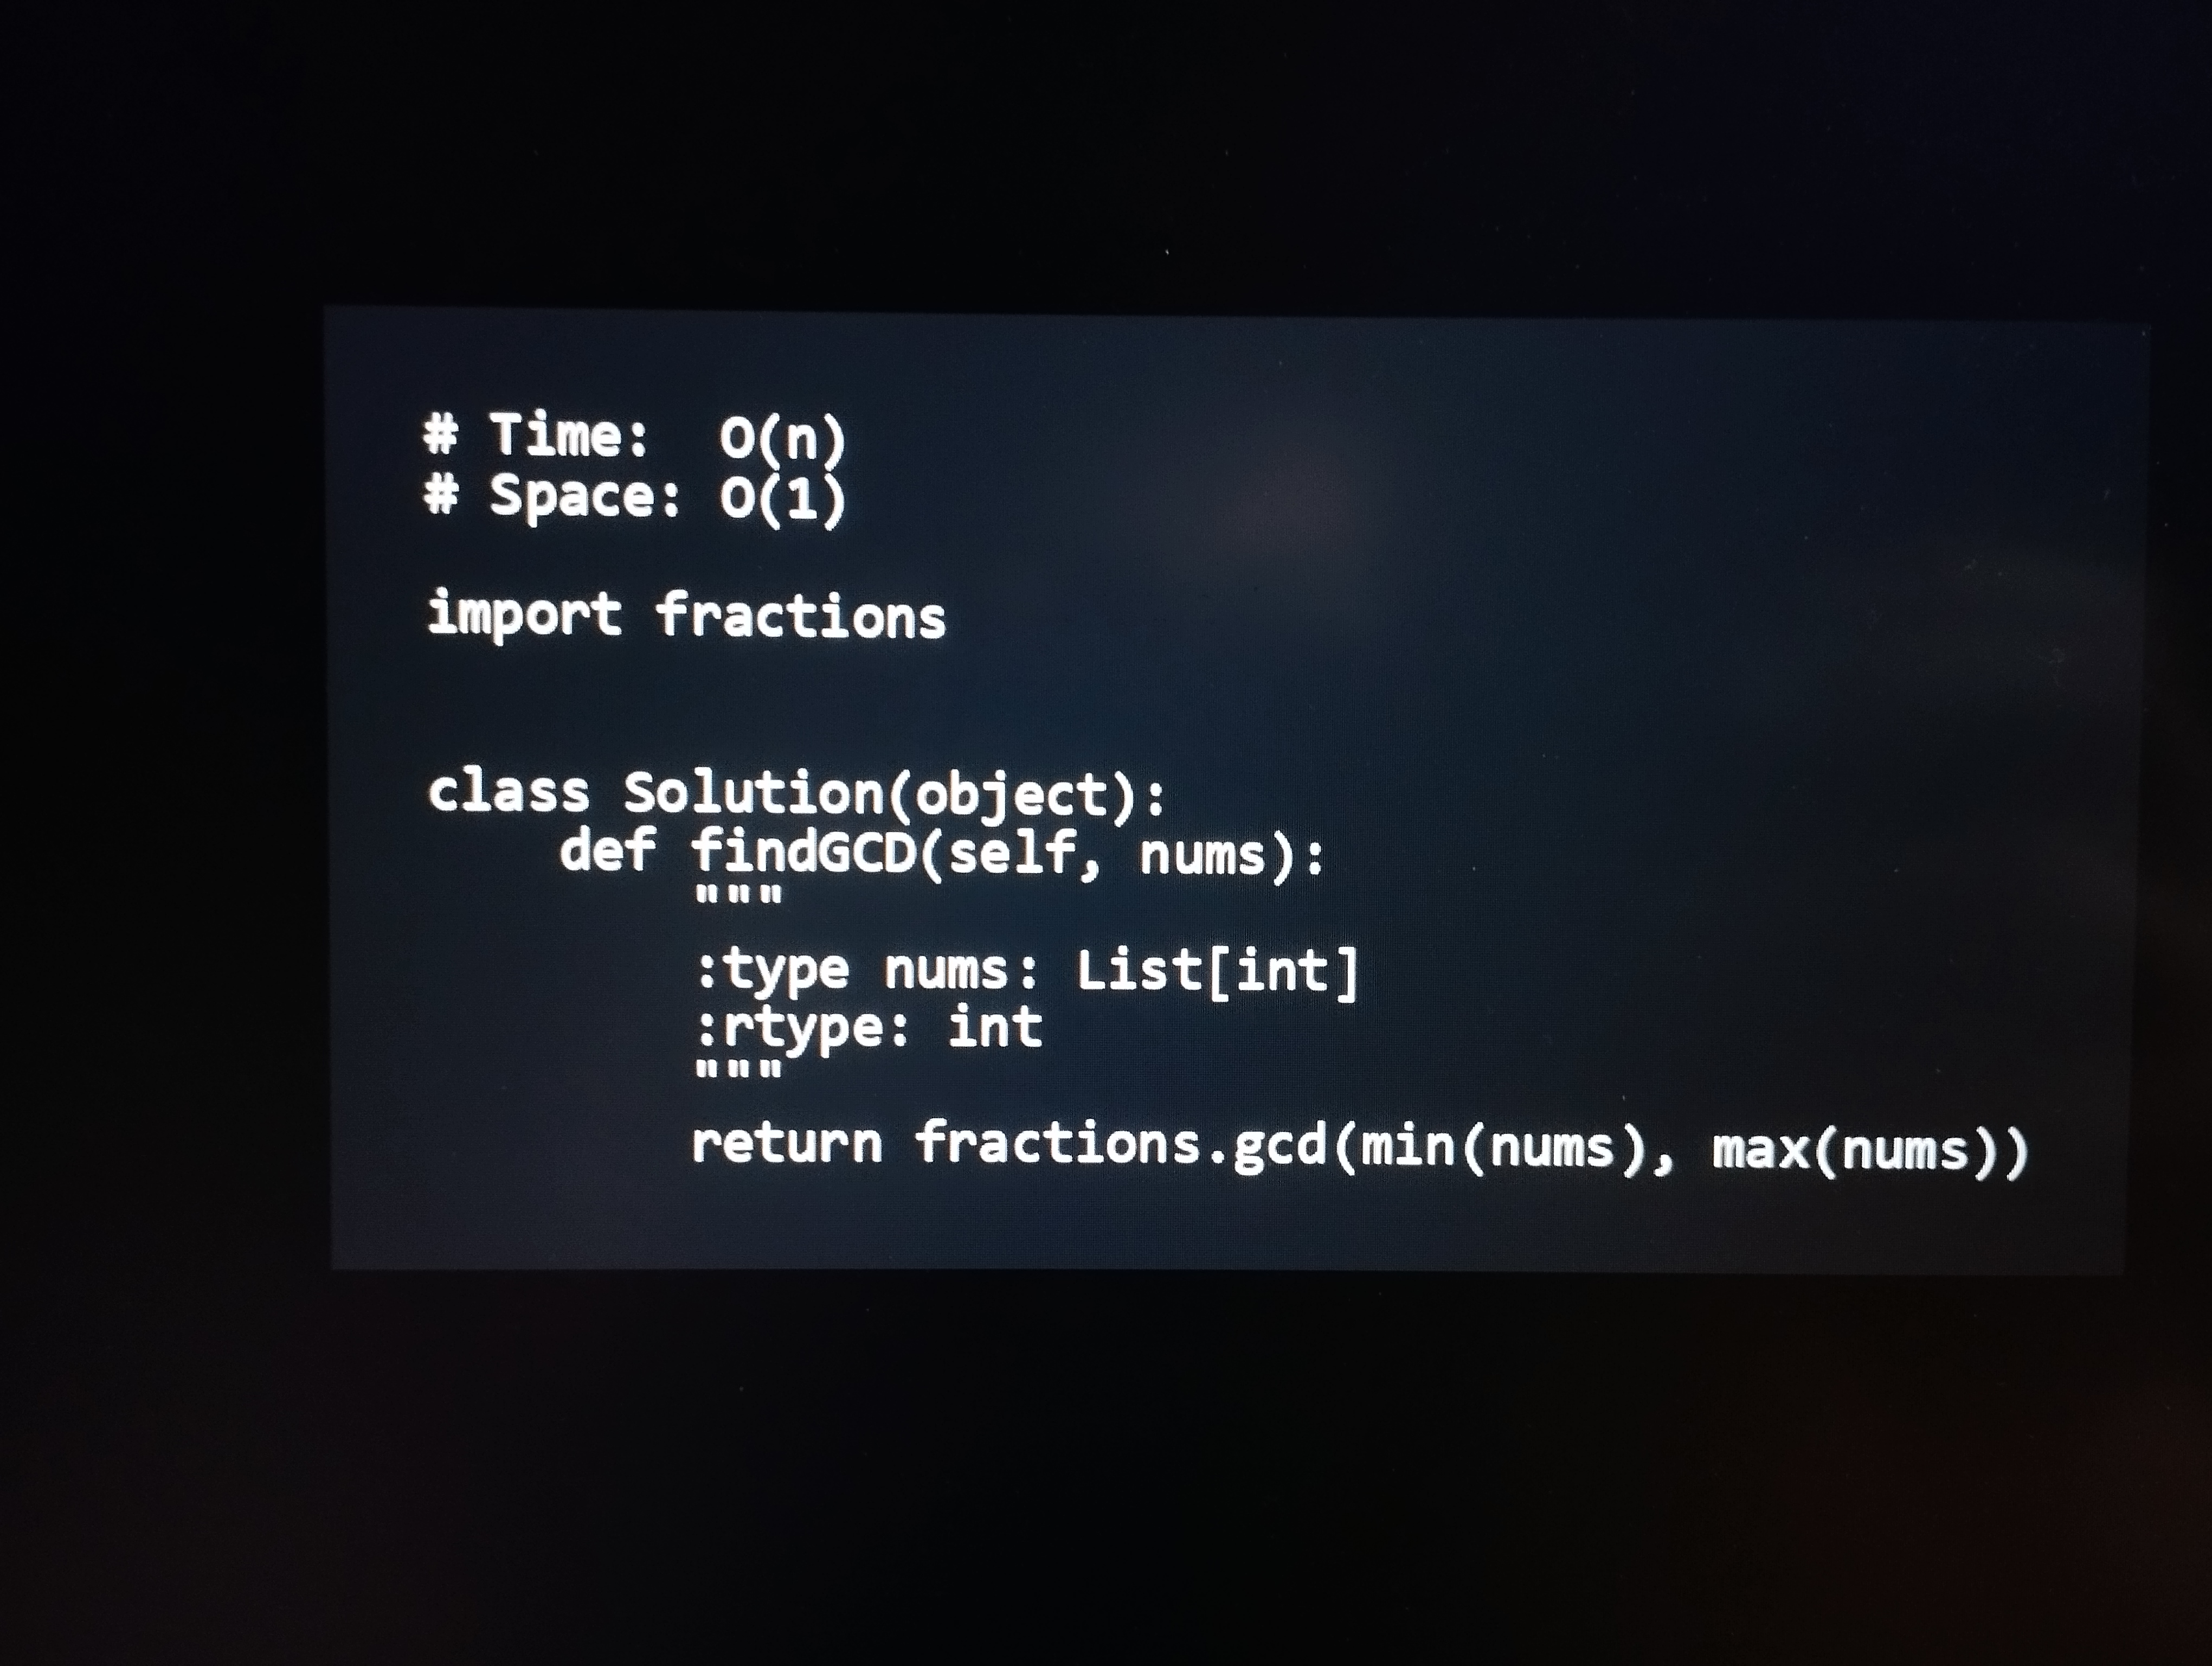
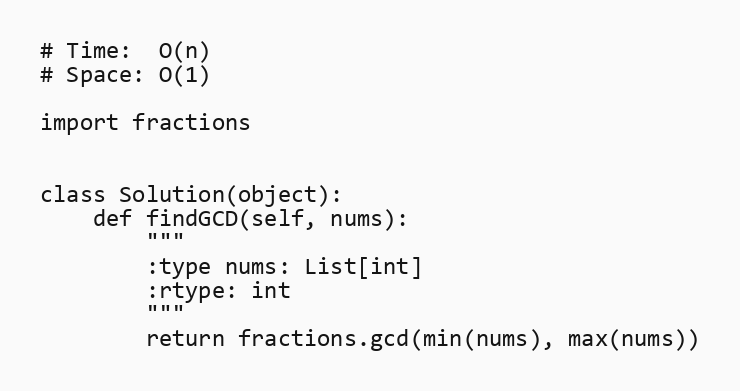
# Time:  O(n)
# Space: O(1)

import fractions

class Solution(object):
    def findGCD(self, nums):
        """
        :type nums: List[int]
        :rtype: int
        """
        return fractions.gcd(min(nums), max(nums))